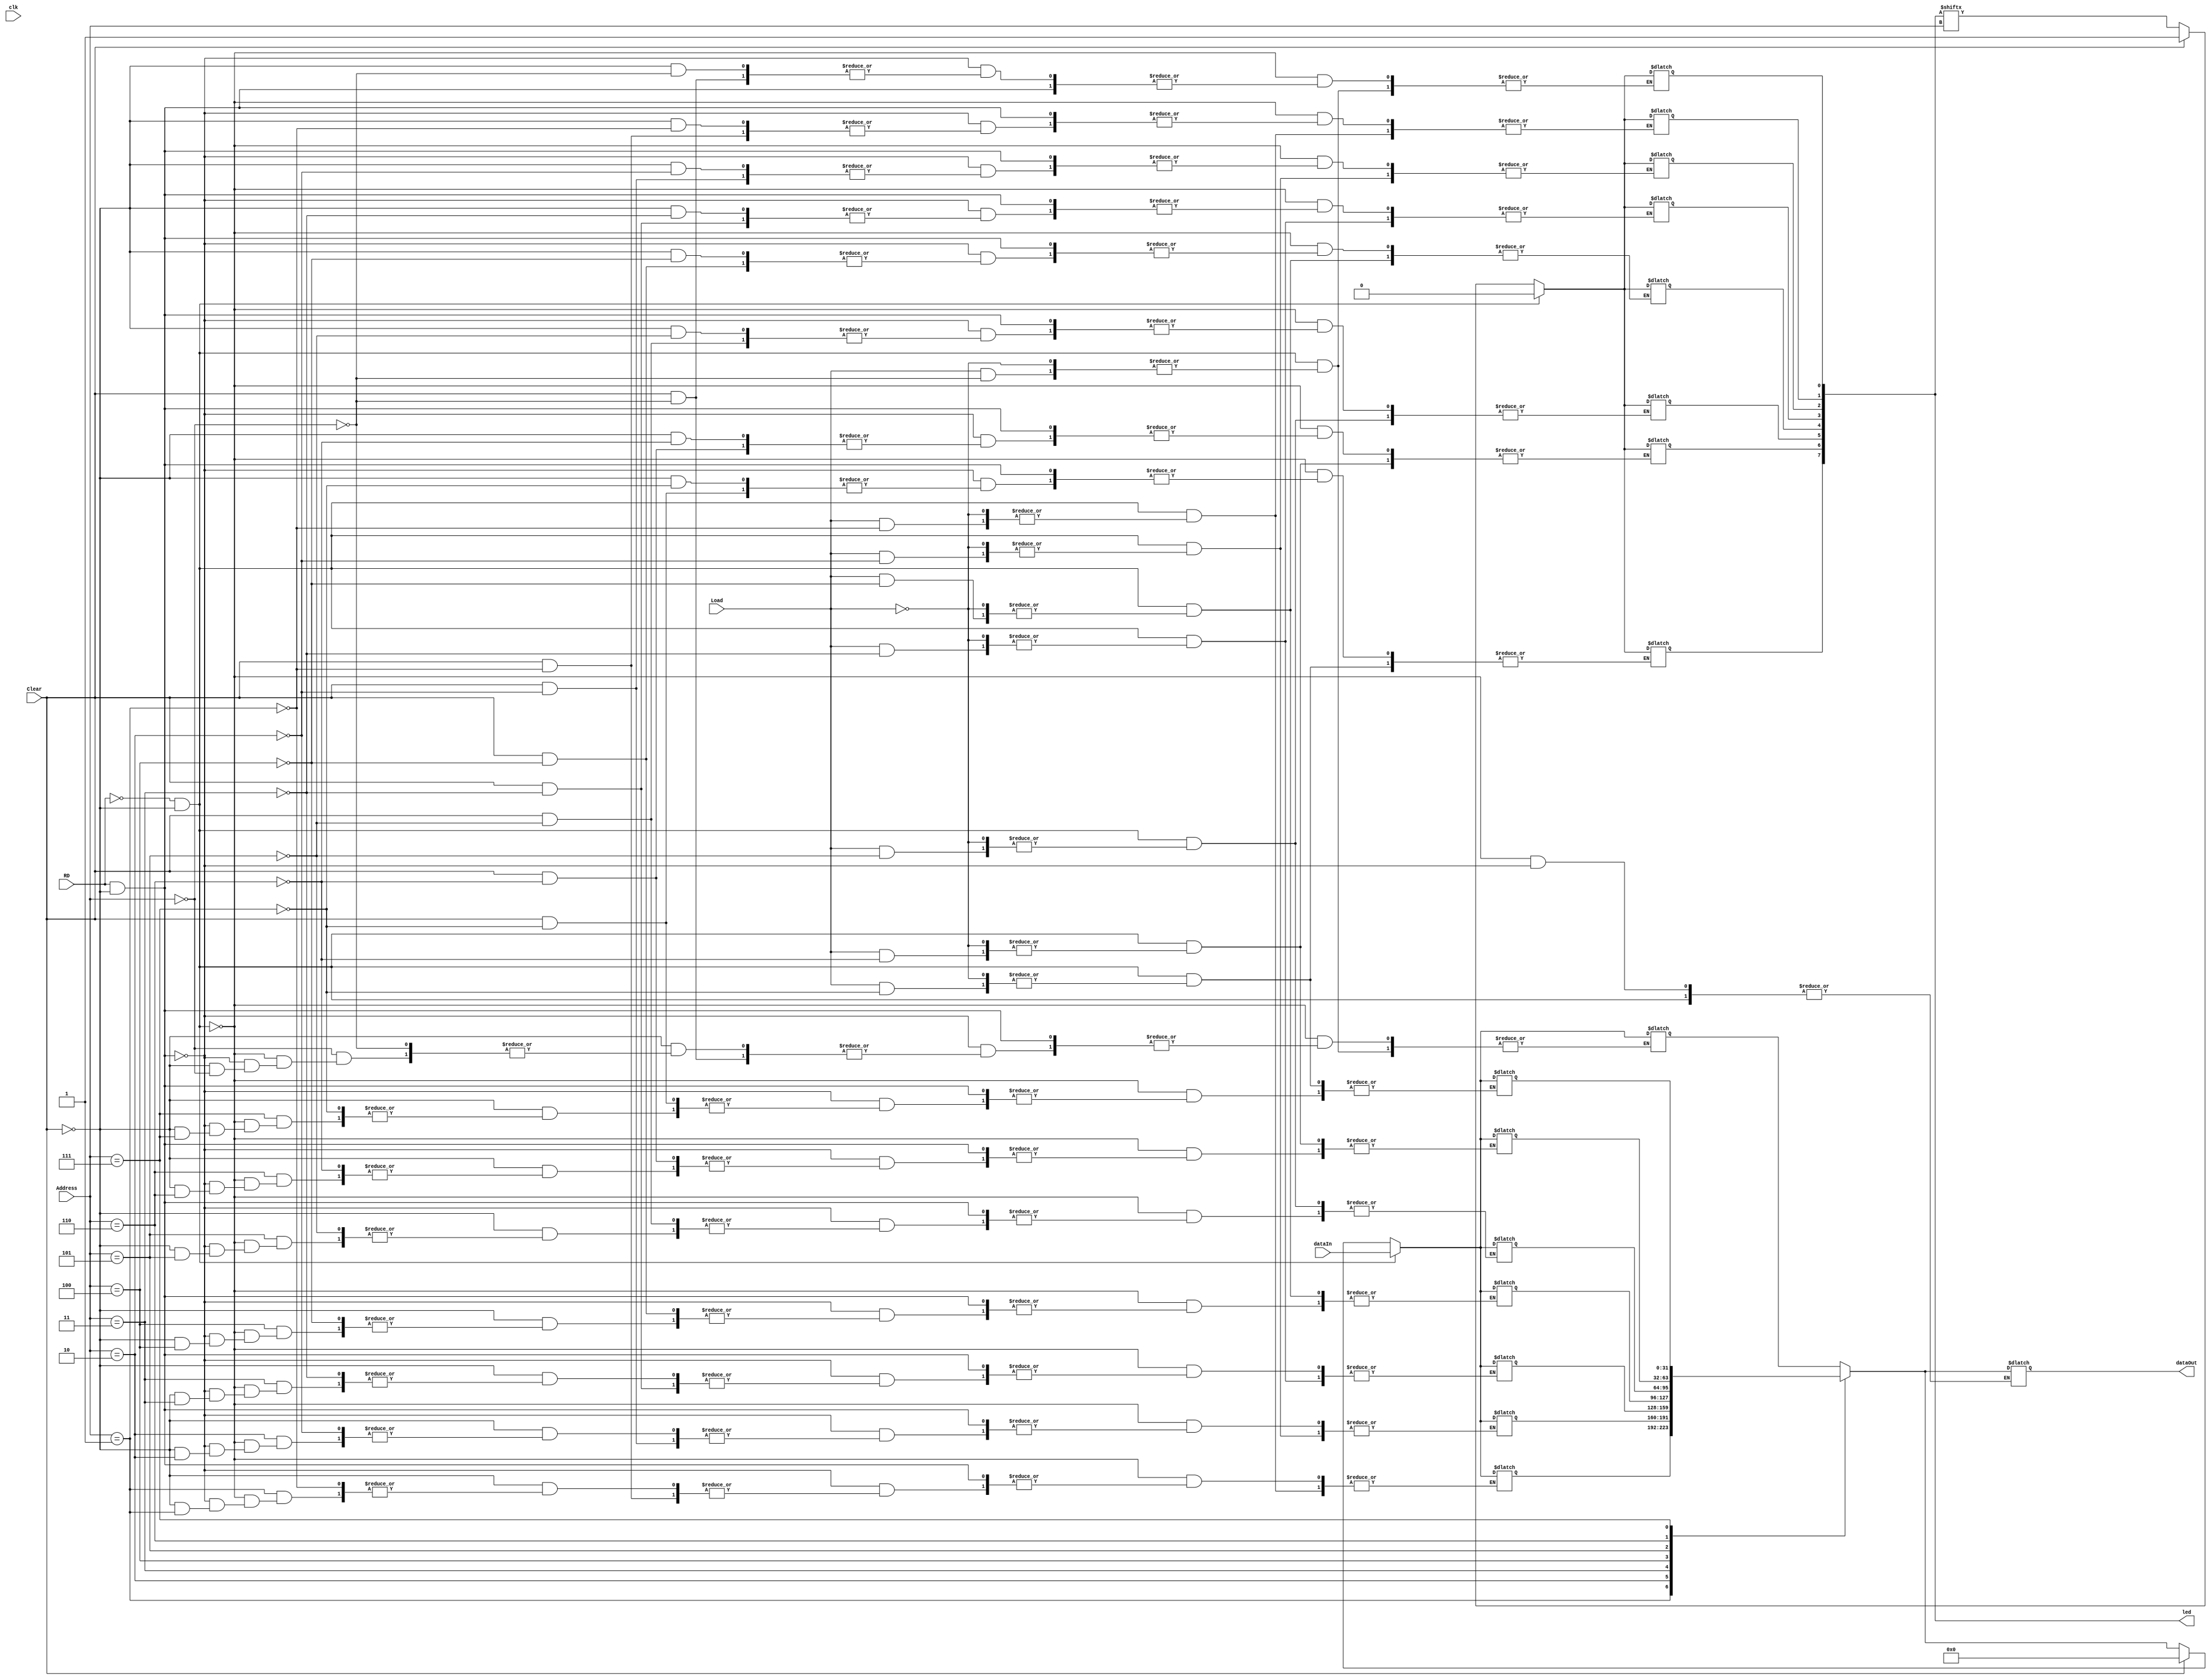
module SRAM(clk, RD, Load, Clear, Address, dataIn, dataOut, led);
input wire clk;
input wire RD;
//input wire WR; //WR = ~RD same in OperandSelector
//input wire SW; //Same as DisplayResult
input wire Load;
input wire Clear;
input wire [2:0] Address;
input wire [31:0] dataIn;
output reg [31:0] dataOut;
output reg [7:0] led;

reg [31:0] Sram [0:7]; //SRAM

integer i;

initial begin
	led <= 8'b11111111;
	dataOut <= 8'b00000000;
	for(i = 0; i <= 7; i = i + 1)
		Sram[i] <= 32'h00000000;
end

//reg Load_D;
//reg Clear_D;

always
begin
	//Load_D <= Load;
	//Clear_D <= Clear;
	
	if(RD == 1'b0 && Clear == 1'b0) //Write Data
	begin
		if(Load == 1'b1) //When load is pressed
		begin
			Sram[Address] <= dataIn;
			led[Address] <= 0;
		end
	end
	else if(RD == 1'b1 && Clear == 1'b0) //Read Data
	begin
			dataOut <= Sram[Address];
	end
	else if(Clear == 1'b1) //Clear Data
	begin
		Sram[Address] <= 0;
		led[Address] <= 1;
	end
	else 
	begin //Keep the same data
		Sram[Address] <= Sram[Address];
		led[Address] <= led[Address];
	end;
end

endmodule